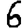
Digit: 6